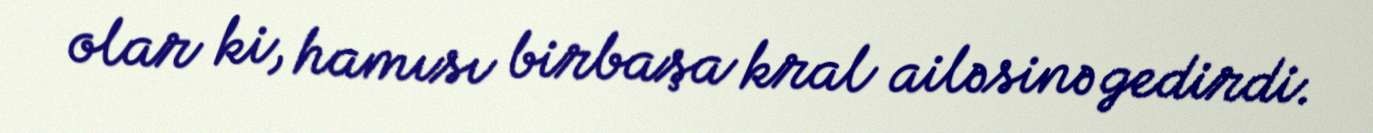
olar ki, hamısı birbaşa kral ailəsinə gedirdi.